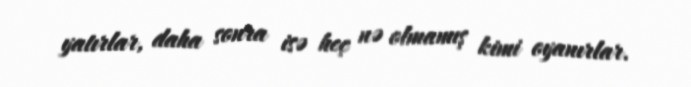
yatırlar, daha sonra isə heç nə olmamış kimi oyanırlar.